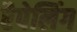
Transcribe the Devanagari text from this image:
रैपेलिंग